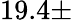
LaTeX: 19.4\pm